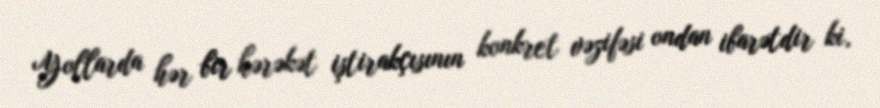
Yollarda hər bir hərəkət iştirakçısının konkret vəzifəsi ondan ibarətdir ki,